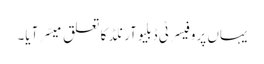
یہاں پروفیسر ٹی ڈبلیوآرنلڈ کا تعلق میسّر آیا۔